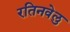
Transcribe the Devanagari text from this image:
रतिनवेलु